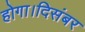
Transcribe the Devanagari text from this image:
होगा।दिसंबर